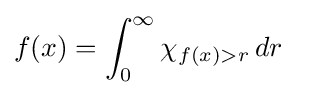
f(x)=\int _{0}^{\infty }\chi _{f(x)>r}\,dr\quad